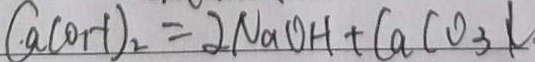
C a ( O H ) _ { 2 } = 2 N a O H + C a C O _ { 3 } l